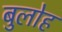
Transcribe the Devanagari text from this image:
बुलोह